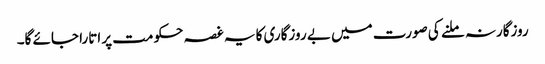
روزگارنہ ملنے کی صورت میں بے روزگاری کا یہ غصہ حکومت پر اتارا جائے گا۔